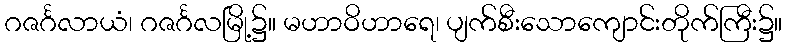
ဂဇင်္ဂလာယံ၊ ဂဇင်္ဂလမြို့၌။ မဟာဝိဟာရေ၊ ပျက်စီးသောကျောင်းတိုက်ကြီး၌။